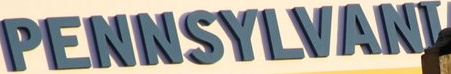
PENNSYLVANI